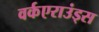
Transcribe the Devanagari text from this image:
वर्कएराउंड्स